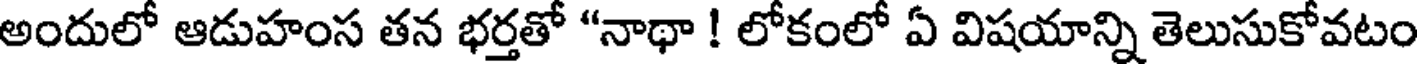
అందులో ఆడుహంస తన భర్తతో "నాథా ! లోకంలో ఏ విషయాన్ని తెలుసుకోవటం